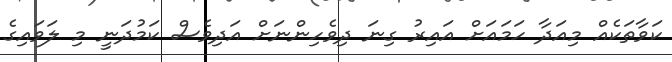
ކަވާތަކެއް މިއަދާ ހަމައަށް އައިރު ގިނަ ދިވެހިންނަށް އަދިވެސް ކަމުދަނީ މި ލަވައިގެ